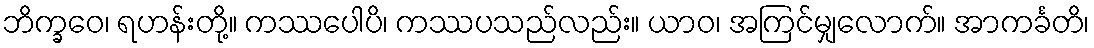
ဘိက္ခဝေ၊ ရဟန်းတို့။ ကဿပေါပိ၊ ကဿပသည်လည်း။ ယာဝ၊ အကြင်မျှလောက်။ အာကင်္ခတိ၊